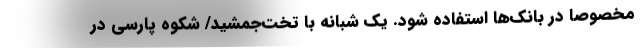
مخصوصا در بانک‌ها استفاده شود. یک شبانه با تخت‌جمشید/ شکوه پارسی در